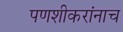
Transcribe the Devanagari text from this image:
पणशीकरांनाच